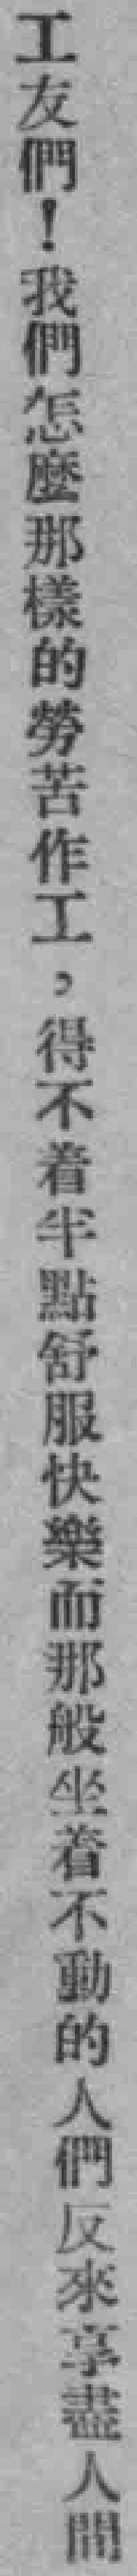
工友們！我們怎麽那樣的勞苦作工，得不着半點舒服快樂而那般坐着不動的人們反來享盡人間